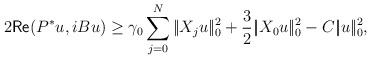
LaTeX: \begin{align*}2\mathsf{Re}(P^*u,iBu)\geq \gamma_0\sum_{j=0}^N|\!|X_ju|\!|_0^2+\frac32|\!|X_0 u|\!|_0^2-C|\!|u|\!|_0^2,\end{align*}